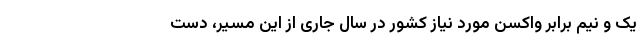
یک و نیم برابر واکسن مورد نیاز کشور در سال جاری از این مسیر، دست